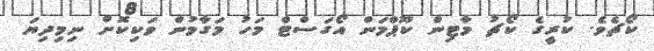
ކޯޗެވެ. ކުރީގެ ކޯޗު މާޓިން ކޫޕްމަން އޯގަސްޓް މަހު މަގާމުން ވަކިކޮށް ނިމިދިޔަ